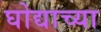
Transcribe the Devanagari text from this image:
घोद्याच्या